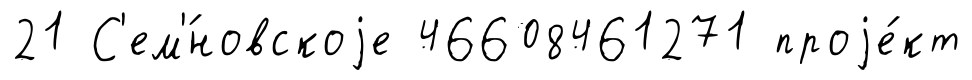
21 С'ем'́новскоjе 46608461271 проjе́кт